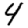
Digit: 4